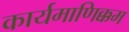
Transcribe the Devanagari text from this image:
कार्यमाणिक्कम